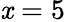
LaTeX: \mathit{x}=5